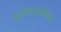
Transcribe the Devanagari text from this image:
जातिव्यवस्थेविरूद्ध